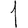
Digit: 1